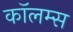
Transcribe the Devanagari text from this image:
कॉलम्स